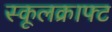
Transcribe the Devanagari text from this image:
स्कूलक्राफ्ट